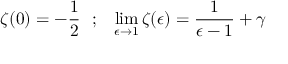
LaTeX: \zeta ( 0 ) = - \frac { 1 } { 2 } ~ ~ ; ~ ~ \operatorname * { l i m } _ { \epsilon \rightarrow 1 } \zeta ( \epsilon ) = \frac { 1 } { \epsilon - 1 } + \gamma